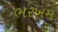
ભરખમ